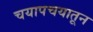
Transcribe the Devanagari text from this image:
चयापचयातून